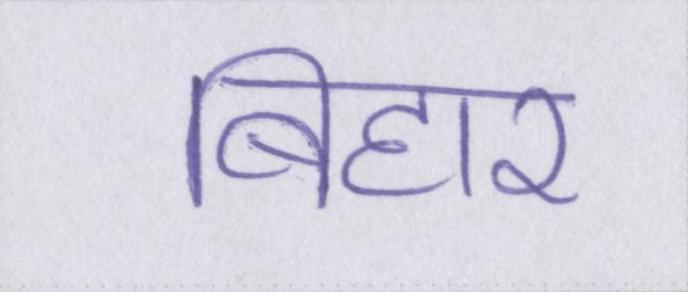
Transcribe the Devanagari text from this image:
बिहार